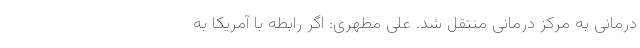
درمانی به مرکز درمانی منتقل شد. علی مطهری: اگر رابطه با آمریکا به